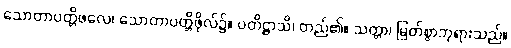
သောတာပတ္တိဖလေ၊ သောတာပတ္တိဖိုလ်၌။ ပတိဋ္ဌာသိ၊ တည်၏။ သတ္တာ၊ မြတ်စွာဘုရားသည်။